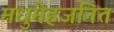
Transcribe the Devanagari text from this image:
मधुमेहजनित